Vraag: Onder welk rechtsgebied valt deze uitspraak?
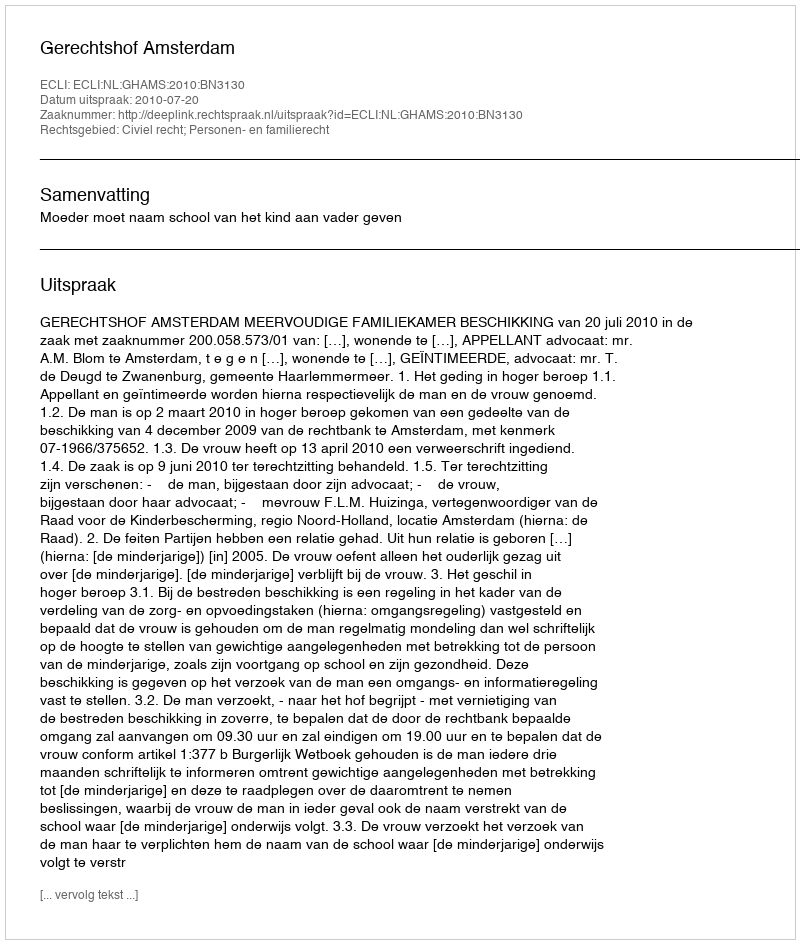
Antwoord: Civiel recht; Personen- en familierecht